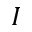
I